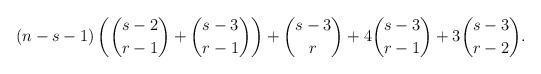
LaTeX: \begin{align*}(n - s -1) \left( \binom{s-2}{r-1} + \binom{s-3}{r-1} \right) + \binom{s-3}{r} + 4 \binom{s-3}{r-1} + 3 \binom{s-3}{r-2}.\end{align*}